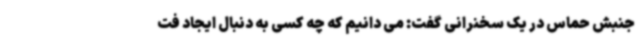
جنبش حماس در یک سخنرانی گفت: می دانیم که چه کسی به دنبال ایجاد فت